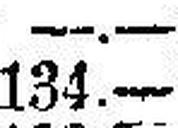
134.—